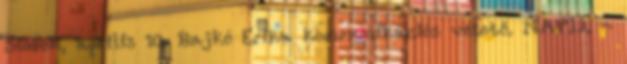
Siófok, április 10. Bajkó Erika kommunikációs vezető. NAPII. -